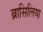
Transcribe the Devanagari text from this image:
ब्रासिलिया